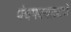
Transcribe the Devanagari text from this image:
पंचपक्वान्नाचे